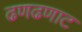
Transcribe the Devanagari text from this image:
ढणढणाट